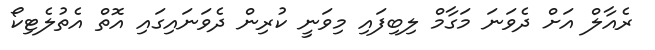
ރެއާލް އަށް ދެވަނަ މަގާމް ލިބިފައި މިވަނީ ކުރިން ދެވަނައިގައި އޮތް އެތުލެޓިކޯ